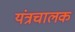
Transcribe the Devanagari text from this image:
यंत्रचालक